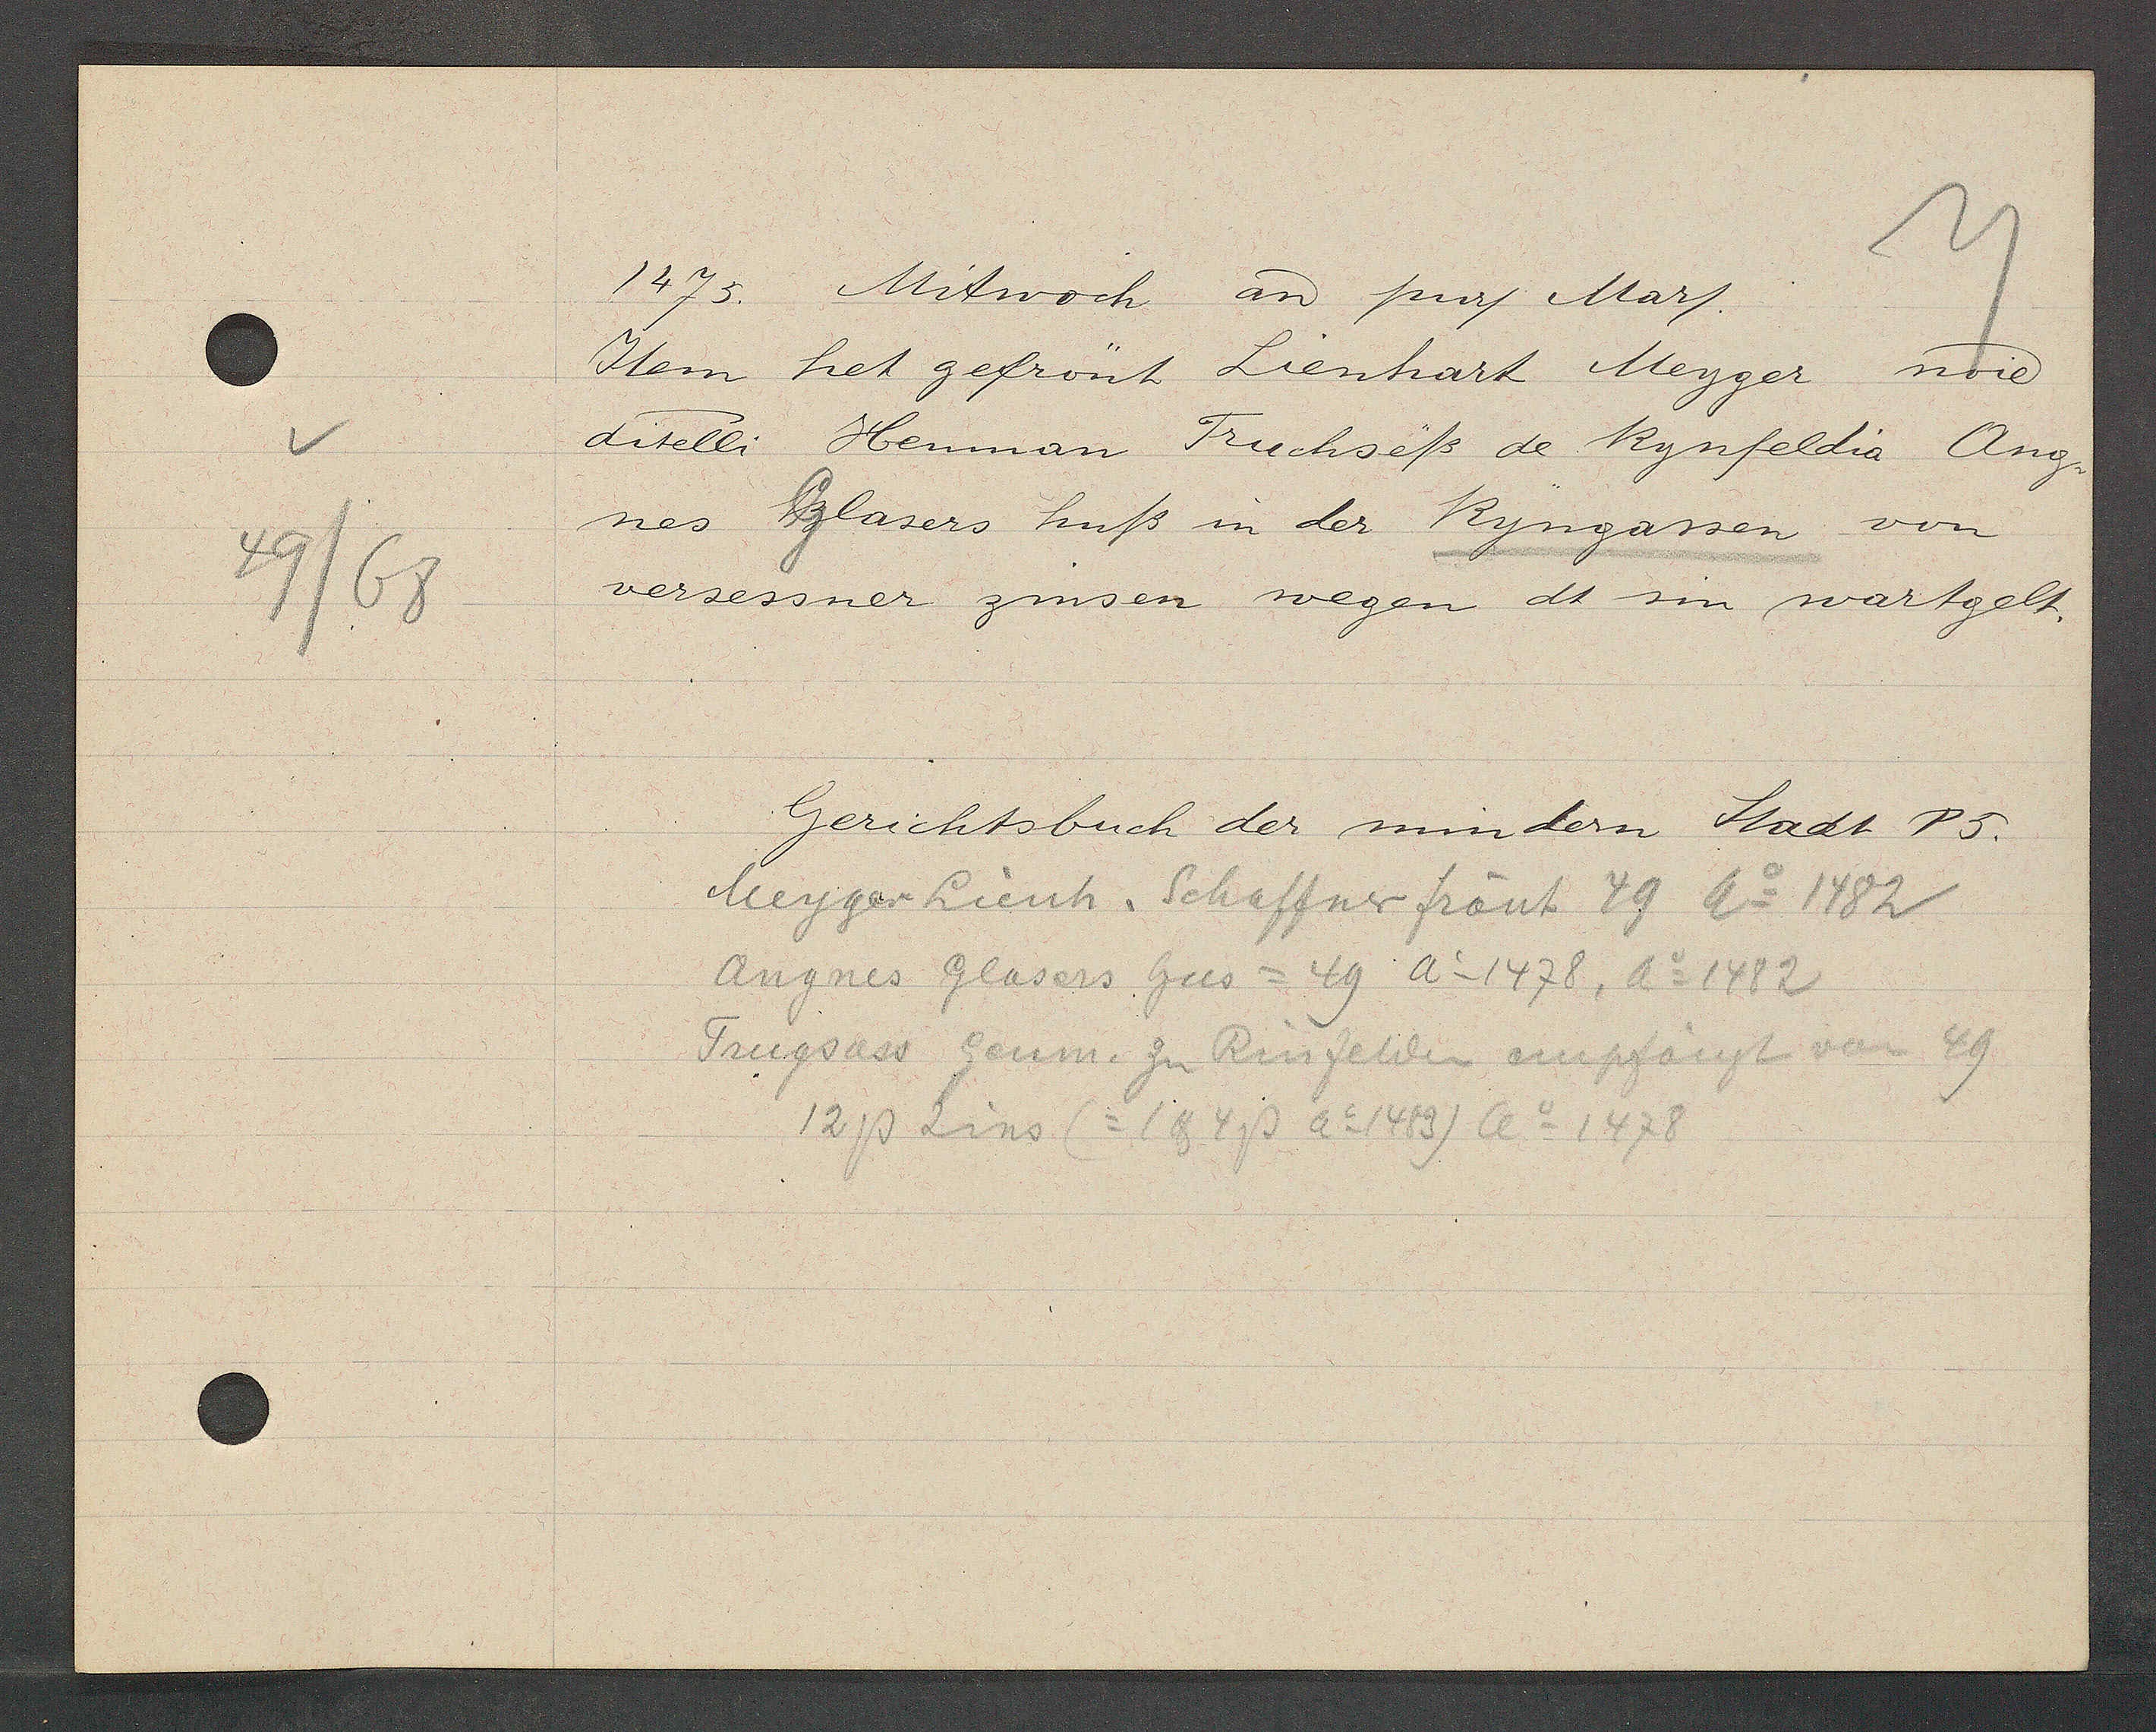
Transcript:
49/68

1475. Mitwoch aȵ pur Mar.

Item het gefrönt Lienhart Meyger noie
ditelli Henman Truchseß de Rynfeldio. Ang¬
nes Glasers huß in der Ryngassen von
versessner zinsen wegen dt sin wartgelt.

Gerichtsbuch der mindern Stadt P5.

Meyger Lienh. Schaffner frönt 49 Ao 1482
Angnes Glasers hus = 49 Ao 1478, Ao 1482
Trugsass Geum. zu Rinfelden empfängt von 49.
12P Zins (= 1℔ 4P Ao 1483) Ao 1478